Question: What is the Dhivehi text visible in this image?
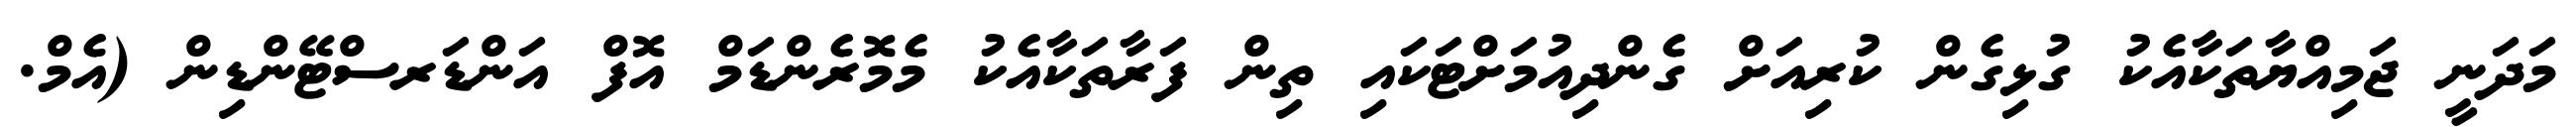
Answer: މަދަނީ ޖަމިއްޔާތަކާއެކު ގުޅިގެން ކުރިއަށް ގެންދިއުމަށްޓަކައި ތިން ފަރާތަކާއެކު މެމޮރެންޑަމް އޮފް އަންޑަރސްޓޭންޑިން (އެމް.